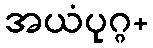
အယံပုဂ္ဂ+